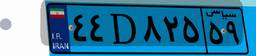
۹۷D۲۱۴۳۳